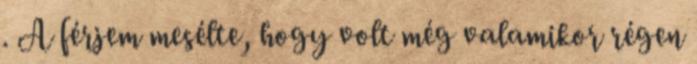
. A férjem mesélte, hogy volt még valamikor régen